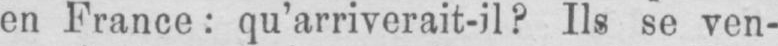
en France: qu’arriverait-il? Ils se ven-